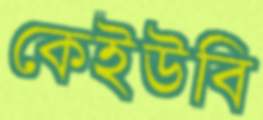
কেইউবি